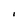
Character: I